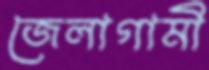
জেলাগামী